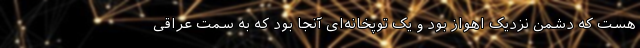
هست که دشمن نزدیک اهواز بود و یک توپخانه‌ای آنجا بود که به سمت عراقی